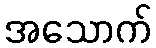
အသောက်